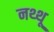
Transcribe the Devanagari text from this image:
नथ्थू